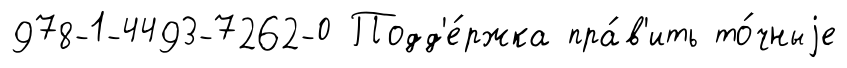
978-1-4493-7262-0 Подд'е́ржка пра́в'ить то́чныjе